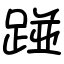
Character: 踫